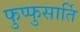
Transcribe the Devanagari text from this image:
फुप्फुसार्ति